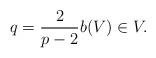
LaTeX: \begin{align*}q=\frac{2}{p-2}b(V)\in V.\end{align*}